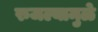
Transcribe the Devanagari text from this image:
रुजल्यामुळे